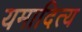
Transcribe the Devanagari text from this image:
यमादित्य